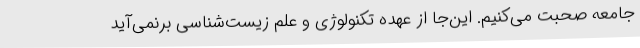
جامعه صحبت می‌کنیم. این‌جا از عهده تکنولوژی و علم زیست‌شناسی برنمی‌آید